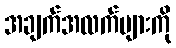
အချက်အလက်များကို